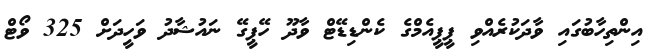
އިންތިހާބުގައި ވާދަކުރެއްވި ޕީޕީއެމްގެ ކެންޑިޑޭޓް ވާދޫ ހޭޕީގޭ ނައުޝާދު ވަހީދަށް 325 ވޯޓް